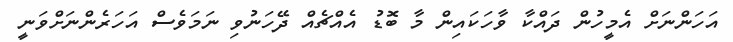
އަހަންނަށް އެމީހުން ދައްކާ ވާހަކައިން މާ ބޮޑު އެއްޗެއް ދޭހަނުވި ނަމަވެސް އަހަރެންނަށްވަނީ